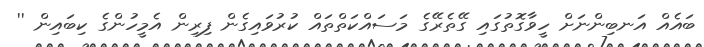
ބައެއް އަނބިންނަށް ހީވާގޮތުގައި ގޭތެރޭގެ މަސައްކަތްތައް ކުރުވައިގެން ފިރިން އެމީހުންގެ ކިބައިން ''